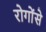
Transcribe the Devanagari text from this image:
रोगोंसे